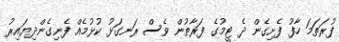
ފުރަތަމަ ހާފު ފެށިގެން ދެ ޓީމުގެ ފަރާތުން ވެސް ރަނގަޅު ކުޅުމެއް ފެނިގެންދިޔައިރު